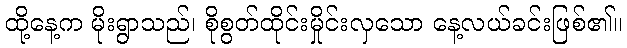
ထို့နေ့က မိုးရွာသည်၊ စိုစွတ်ထိုင်းမှိုင်းလှသော နေ့လယ်ခင်းဖြစ်၏။